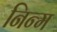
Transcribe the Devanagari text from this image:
निन्‍म